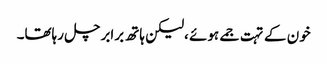
خون کے تہت جمے ہوئے ،لیکن ہاتھ برابر چل رہاتھا۔